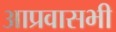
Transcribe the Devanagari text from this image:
आप्रवासभी